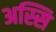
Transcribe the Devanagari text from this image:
अस्सि